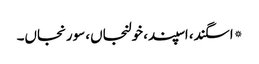
*اسگند، اسپند، خولنجاں، سورنجاں۔